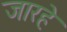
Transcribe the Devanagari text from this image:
जारहे